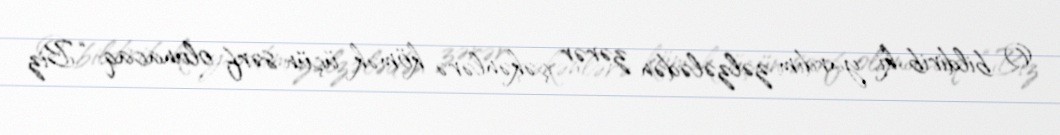
O bildirib ki, yardım zəlzələdən zərər çəkənlərə kömək üçün sərf olunacaq: “Biz